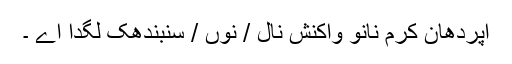
اپردھان کرم نانوَ واکنش نال / نوں / سنبندھک لگدا اے ۔